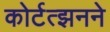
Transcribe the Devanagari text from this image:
कोर्टत्झनने